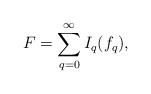
\begin{align*}F=\sum_{q=0}^{\infty }I_{q}(f_{q}), \end{align*}